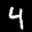
Label: 4